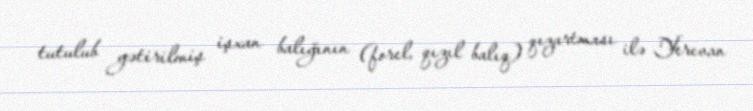
tutulub gətirilmiş işxan balığının (forel, qızıl balıq) qızartması ilə Yerevan